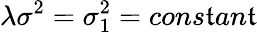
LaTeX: \lambda\sigma^{2}=\sigma_{1}^{2}=cons\mathfrak{t}an\mathfrak{t}